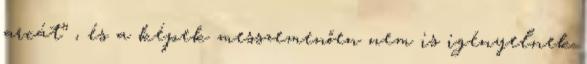
arcát” , és a képek messzemenően nem is igényelnek